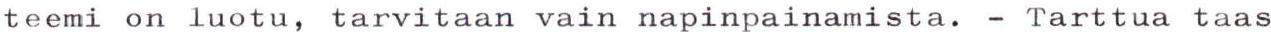
teemi on luotu, tarvitaan vain napinpainamista. - Tarttua taas